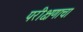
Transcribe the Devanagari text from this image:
परीक्षणाचा